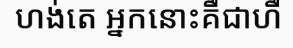
ហង់តេ អ្នកនោះគឺជាហឺ